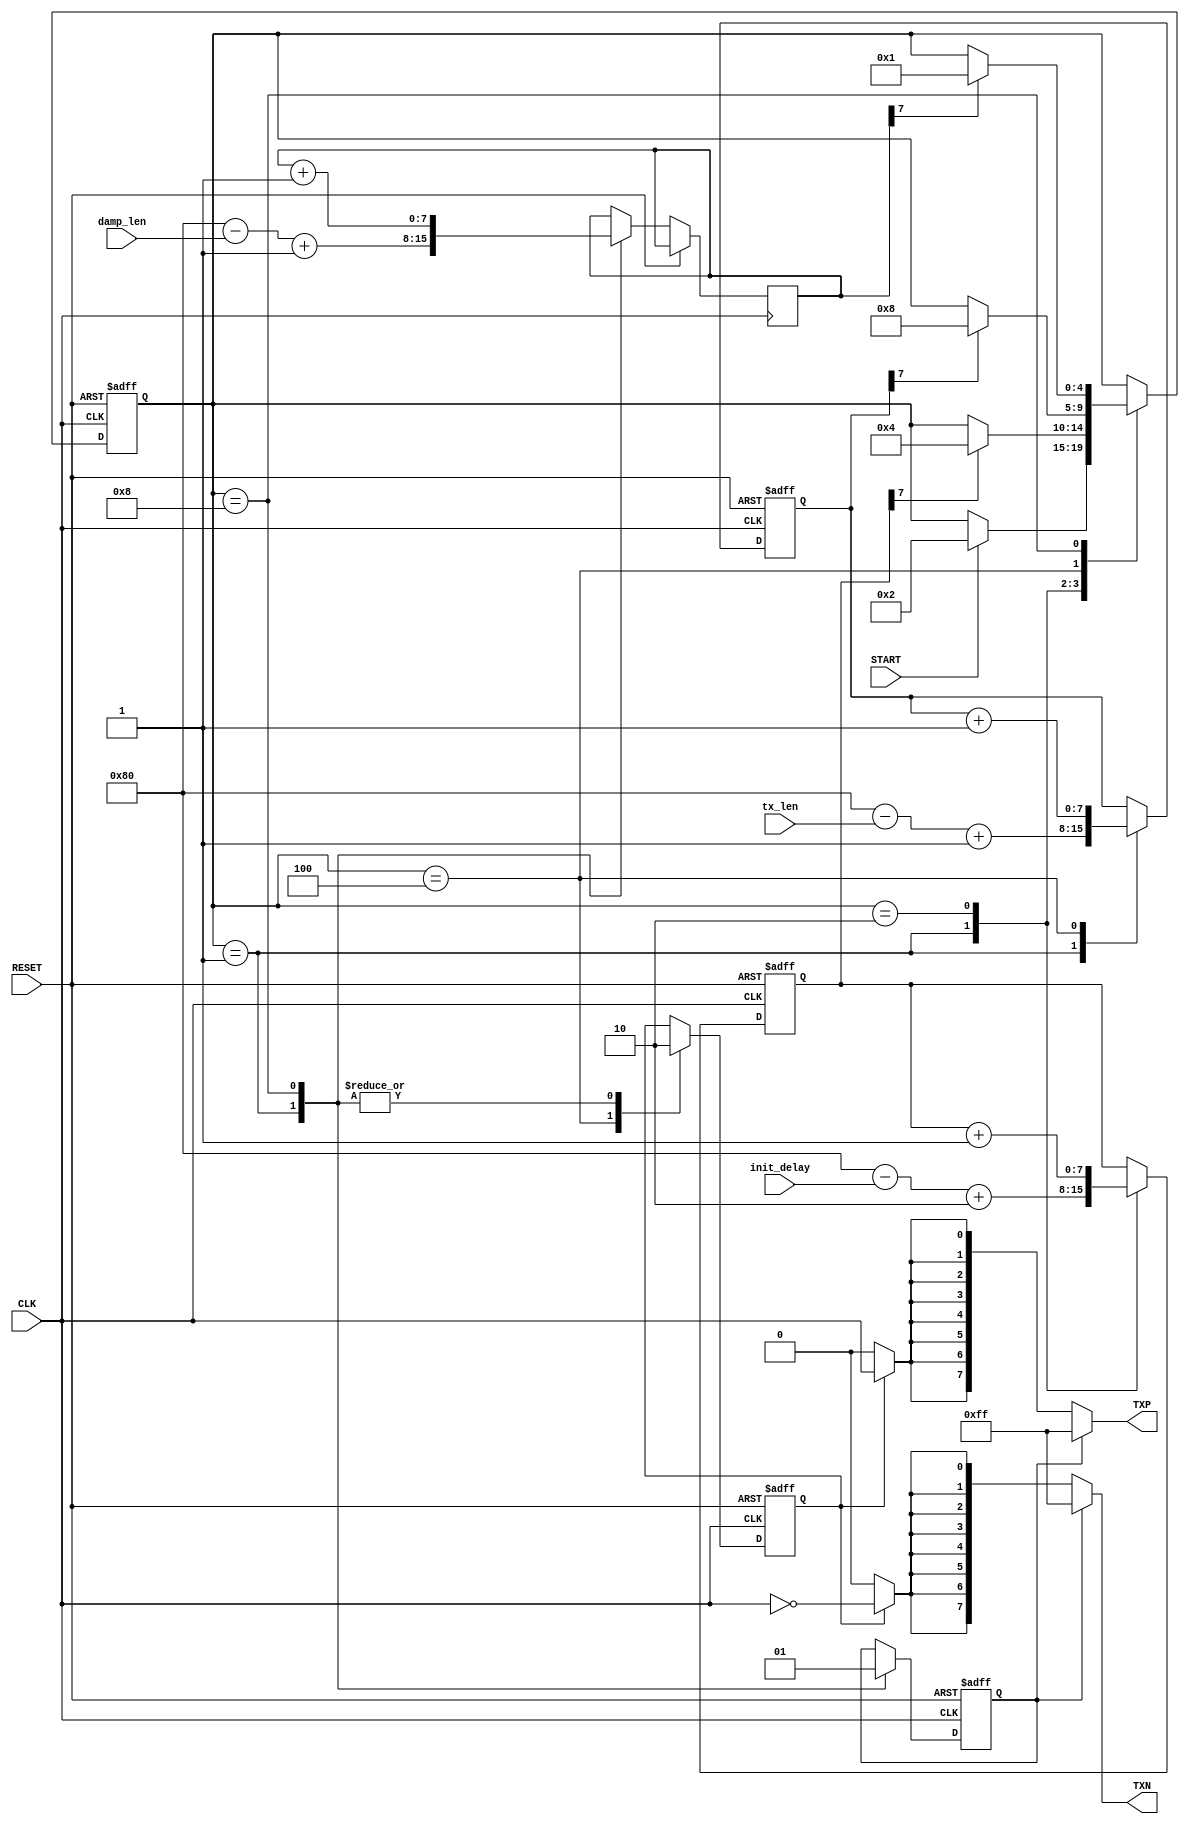

module TX_Switch
#(
	parameter REG_WIDTH = 8
)
(
//-----------------Input Ports-----------------
input CLK			, //ClockSignal
input RESET			, //Active high,syn reset
input START			, //Start Process

input [REG_WIDTH-1:0] init_delay, // the initial delay from start to pulse
input [REG_WIDTH-1:0] tx_len, // the length of the transmit signal
input [REG_WIDTH-1:0] damp_len, // the length of the transmit signal

//-----------------Output Ports----------------


// Pulsing signals @ pulse freq
output   [7:0] TXP,
output  	[7:0] TXN
 
);
reg [REG_WIDTH-1:0]	init_delay_cnt;
reg [REG_WIDTH-1:0]	tx_len_cnt;
reg [REG_WIDTH-1:0] damp_len_cnt;

reg 		TX_EN;
reg			DAMP;

reg [4:0] State;
localparam [4:0]
	S0 = 5'b00001,
	S1 = 5'b00010,
	S2 = 5'b00100,
	S3 = 5'b01000,
	S4 = 5'b10000;
	
//
//State Machine Process
//
always @(posedge CLK, posedge RESET)
begin
	
	if  (RESET)
	begin
		//Reset Register Assignments
		init_delay_cnt <= 6'b000000;
		tx_len_cnt <= 4'b0000;
		TX_EN <= 1'b0;
		DAMP <= 1'b0;
						
		//Reset State Variable
		State <=S0;
	end
	
	else
	begin
	
		//State Machine operations (actions and transitions)
		case(State)
		
			S0: //State 0
				begin
					TX_EN <= 1'b0;
					DAMP <= 1'b0;
					
					init_delay_cnt <= {1'b1,{ (REG_WIDTH-1){1'b0} }} - init_delay + 2;
					tx_len_cnt <= {1'b1,{ (REG_WIDTH-1){1'b0} }} - tx_len + 1;
					damp_len_cnt <= {1'b1,{ (REG_WIDTH-1){1'b0} }} - damp_len + 1;
					
					//waiting for START to go high
					if (START)
						State <= S1;
				end
				
			S1:	//State 1
				begin
					init_delay_cnt <= init_delay_cnt + 1'b1;
					
					if (init_delay_cnt[REG_WIDTH-1])
						State <= S2;
				end
			
			S2: 	//State 2
				begin
					TX_EN = 1'b1;
					tx_len_cnt <= tx_len_cnt + 1'b1;
					
					if (tx_len_cnt[REG_WIDTH-1])
						State <= S3;
				end	
				
			S3:  //State 3
				begin
					TX_EN = 1'b0;
					DAMP = 1'b1;
					
					damp_len_cnt <= damp_len_cnt + 1'b1;
					
					if (damp_len_cnt[REG_WIDTH-1])
						State <= S0;
				end	
				
		endcase
	end
end

wire [7:0] TXPi;
wire [7:0] TXNi;

assign TXPi[0] = TX_EN ? CLK : 1'b0;
assign TXPi[1] = TX_EN ? CLK : 1'b0;
assign TXPi[2] = TX_EN ? CLK : 1'b0;
assign TXPi[3] = TX_EN ? CLK : 1'b0;
assign TXPi[4] = TX_EN ? CLK : 1'b0;
assign TXPi[5] = TX_EN ? CLK : 1'b0;
assign TXPi[6] = TX_EN ? CLK : 1'b0;
assign TXPi[7] = TX_EN ? CLK : 1'b0;

assign TXNi[0] = TX_EN ? ~CLK : 1'b0;
assign TXNi[1] = TX_EN ? ~CLK : 1'b0;
assign TXNi[2] = TX_EN ? ~CLK : 1'b0;
assign TXNi[3] = TX_EN ? ~CLK : 1'b0;
assign TXNi[4] = TX_EN ? ~CLK : 1'b0;
assign TXNi[5] = TX_EN ? ~CLK : 1'b0;
assign TXNi[6] = TX_EN ? ~CLK : 1'b0;
assign TXNi[7] = TX_EN ? ~CLK : 1'b0;

assign TXN = DAMP ? 8'hFF : TXNi;
assign TXP = DAMP ? 8'hFF : TXPi;
		
		
endmodule